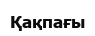
Қақпағы